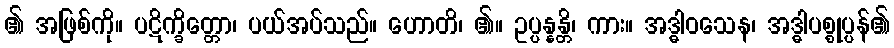
၏ အဖြစ်ကို။ ပဋိက္ခိတ္တော၊ ပယ်အပ်သည်။ ဟောတိ၊ ၏။ ဥပ္ပန္နန္တိ၊ ကား။ အဒ္ဓါဝသေန၊ အဒ္ဓါပစ္စုပ္ပန်၏